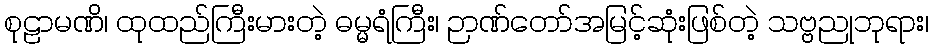
စုဠာမဏိ၊ ထုထည်ကြီးမားတဲ့ ဓမ္မရံကြီး၊ ဉာဏ်တော်အမြင့်ဆုံးဖြစ်တဲ့ သဗ္ဗညုဘုရား၊